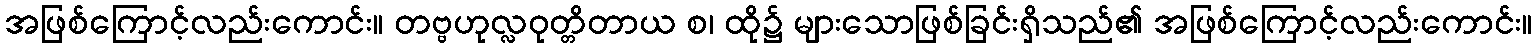
အဖြစ်ကြောင့်လည်းကောင်း။ တဗ္ဗဟုလ္လဝုတ္တိတာယ စ၊ ထို၌ များသောဖြစ်ခြင်းရှိသည်၏ အဖြစ်ကြောင့်လည်းကောင်း။